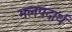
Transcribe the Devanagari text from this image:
मलपदार्थ